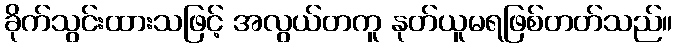
ခိုက်သွင်းထားသဖြင့် အလွယ်တကူ နုတ်ယူမရဖြစ်တတ်သည်။